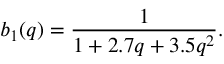
b _ { 1 } ( q ) = \frac { 1 } { 1 + 2 . 7 q + 3 . 5 q ^ { 2 } } .